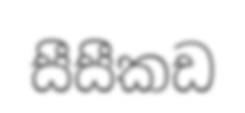
සීසීකඩ